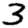
Digit: 3